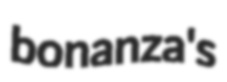
bonanza's